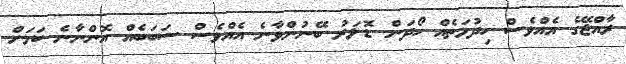
ރާއްޖޭގެ އެއްވެސް ހިދުމަތެއް ހޯދަން ޑޮލަރު ބޭނުންވާނެ އެއްވެސް ސަބަބެއް އޮންނާނެ ކަމަށް